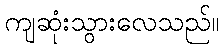
ကျဆုံးသွားလေသည်။